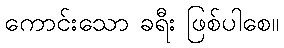
ကောင်းသော ခရီး ဖြစ်ပါစေ။